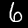
Digit: 6